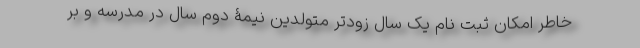
خاطر امکان ثبت نام یک سال زودتر متولدین نیمۀ دوم سال در مدرسه و بر